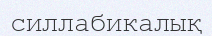
силлабикалық